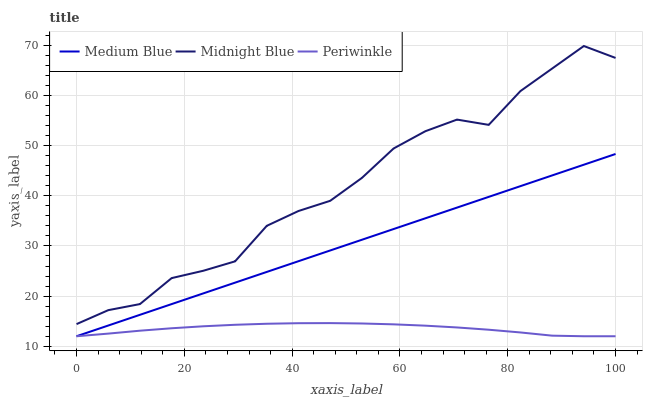
| xaxis_label | Medium Blue | Midnight Blue | Periwinkle |
 | --- | --- | --- | --- |
 | 0 | 12 | 14.4 | 12 |
 | 5.88 | 14.1 | 17.2 | 12.5 |
 | 11.8 | 16.3 | 18.4 | 13.1 |
 | 17.6 | 18.4 | 23.6 | 13.6 |
 | 23.5 | 20.5 | 25.1 | 14 |
 | 29.4 | 22.7 | 26.9 | 14.3 |
 | 35.3 | 24.8 | 34 | 14.5 |
 | 41.2 | 27 | 37 | 14.6 |
 | 47.1 | 29.1 | 39 | 14.6 |
 | 52.9 | 31.2 | 43.6 | 14.5 |
 | 58.8 | 33.4 | 49.4 | 14.4 |
 | 64.7 | 35.5 | 52.9 | 14.1 |
 | 70.6 | 37.6 | 55.2 | 13.8 |
 | 76.5 | 39.8 | 54.1 | 13.3 |
 | 82.4 | 41.9 | 60.9 | 12.8 |
 | 88.2 | 44.1 | 65.4 | 12.1 |
 | 94.1 | 46.2 | 69.9 | 12 |
 | 100 | 48.3 | 67.5 | 12 |